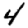
Digit: 4